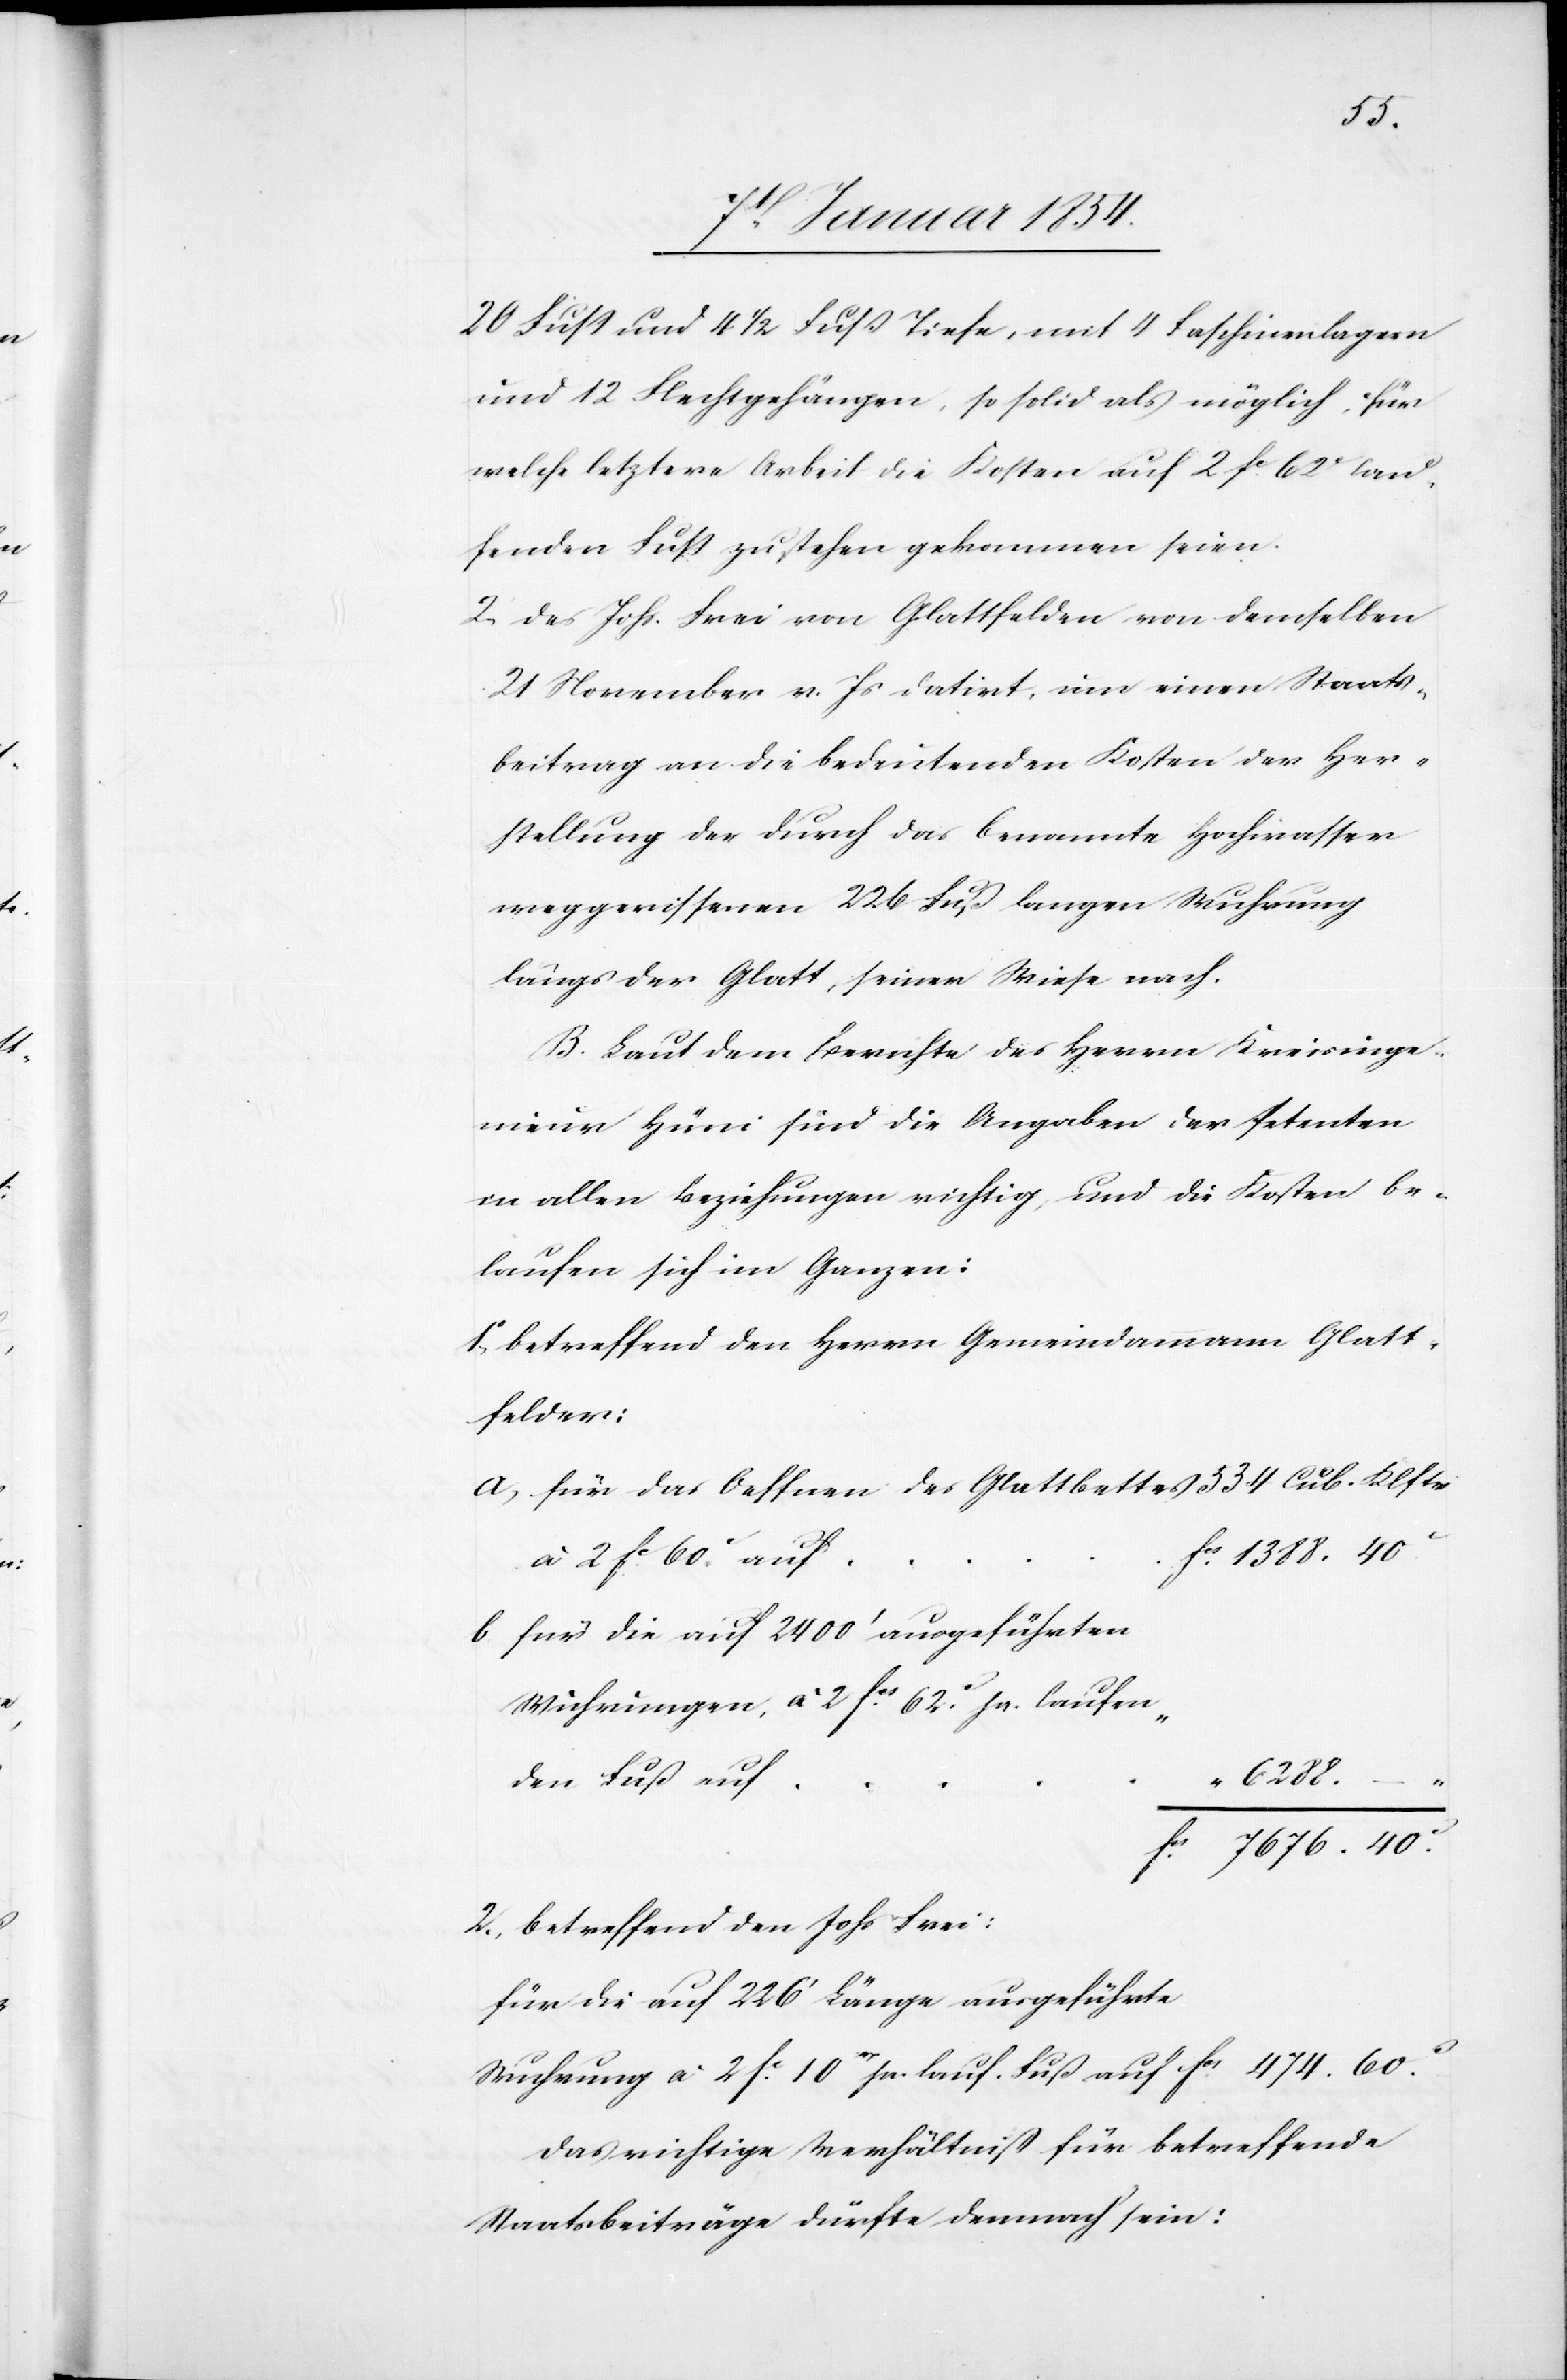
60.
20 Fuß und 4 ½ Fuß Tiefe, mit 4 Faschinenlagern
und 12 Flechtgehängen, so solid als möglich, für
welche letztere Arbeit die Kosten auf 2 fc. 62c. lau¬
fenden Fuß zu stehen gekommen seien.
2. Des Johs. Frei von Glattfelden von demselben
21 November v. Js datirt, um einen Staats¬
beitrag an die bedeutenden Kosten der Her¬
stellung der durch das benannte Hochwasser
weggerissenen 226 Fuß langen Wuhrung
längs der Glatt, seiner Wiese nach.
B. Laut dem Berichte des Herrn Kreisinge¬
nieur Hüni sind die Angaben der Petenten
in allen Beziehungen richtig, und die Kosten be¬
laufen sich im Ganzen:
1o, betreffend den Herrn Gemeindammann Glatt¬
felder:
a) für das Oeffnen des Glattbaches 534 Cub. Klftr
b) für die auf 2400‘ angeführten
Wuhrungen, à 2 fcs. 62.c zu laufenden
fcs.	7676.40.c
2. betreffend den Johs Frei:
für die auf 226‘ Länge ausgeführte
Wuhrung à 2 fc. 10rp pr. lauf. Fuß auf fcs 474. 60.c
das richtige Verhältniß für betreffende
Staatsbeiträge dürfte demnach sein: